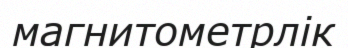
магнитометрлік